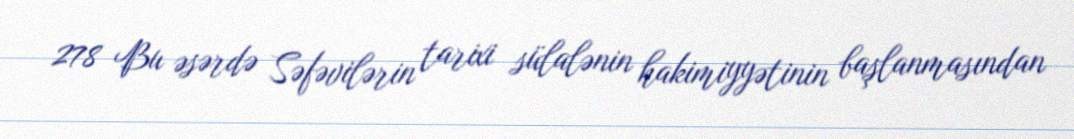
278 Bu əsərdə Səfəvilərin tarixi sülalənin hakimiyyətinin başlanmasından